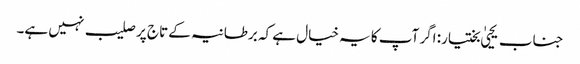
جناب یحییٰ بختیار: اگر آپ کا یہ خیال ہے کہ برطانیہ کے تاج پر صلیب نہیں ہے۔